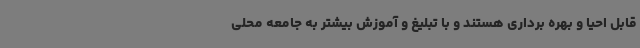
قابل احیا و بهره برداری هستند و با تبلیغ و آموزش بیشتر به جامعه محلی